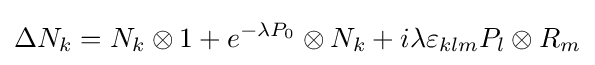
\Delta N_{k}=N_{k}\otimes 1+e^{-\lambda P_{0}}\otimes N_{k}+i\lambda \varepsilon _{klm}P_{l}\otimes R_{m}